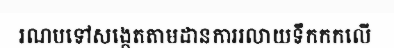
រណបទៅសង្កេតតាមដានការរលាយទឹកកកលើ